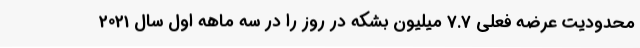
محدودیت عرضه فعلی 7.7 میلیون بشکه در روز را در سه ماهه اول سال 2021